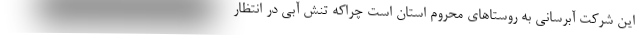
این شرکت آبرسانی به روستاهای محروم استان است چراکه تنش آبی در انتظار